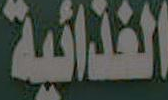
الغذائية